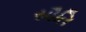
સૌતિ